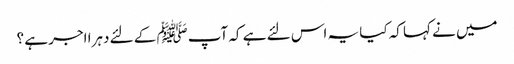
میں نے کہا کہ کیا یہ اس لئے ہے کہ آپﷺ کے لئے دہرا اجر ہے ؟